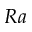
R a